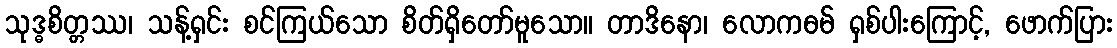
သုဒ္ဓစိတ္တဿ၊ သန့်ရှင်း စင်ကြယ်သော စိတ်ရှိတော်မူသော။ တာဒိနော၊ လောကဓမ် ရှစ်ပါးကြောင့်, ဖောက်ပြား